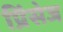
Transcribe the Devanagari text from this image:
प्रिंसेज